Insane asylums in Bengal annual reports 1867-1875 - 1867-1875
Year: 1867
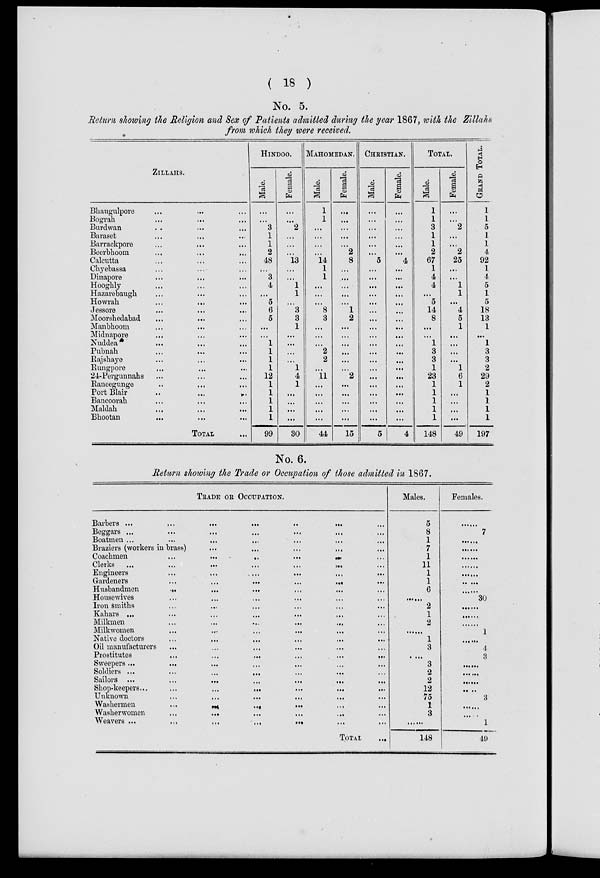
( 18 )
No. 5.
Return showing the Religion and Sex of Patients admitted during the year 1867, with the Zillahs
from which they were received.
ZILLAHS.
Bhaugulpore ... ... ...
Bograh ... ... ...
Burdwan ... ... ...
Baraset ... ... ...
Barrackpore
...
... ...
Beerbhoom ... ... ...
Calcutta ... ... ...
Chyebassa ... ... ...
Dinapore
...
... ...
Hooghly ... ... ...
Hazarebaugh ... ... ...
Howrah ... ... ...
Jessore ... ... ...
Moorshedabad ... ... ...
Manbhoom ... ... ...
Midnapore
... ... ...
Nuddea ... ... ...
Pubnah ... ... ...
Rajshaye ... ... ...
Rungpore ... ... ...
24-Pergunnahs ... ... ...
Raneegunge ... ... ...
Port Blair
... ...
...
Bancoorah ... ... ...
Maldah
... ... ...
Bhootan ... ... ...
TOTAL ...
HINDOO.
Male.
...
...
3
1
1
2
48
...
3
4
...
5
6
5
...
...
1
1
1
1
12
1
1
1
1
1
99
Female.
...
...
2
...
...
...
13
...
...
1
1
...
3
3
1
...
...
...
...
1
4
1
...
...
...
...
30
MAHOMEDAN.
Male.
1
1
...
...
...
...
14
1
1
...
...
...
8
3
...
...
...
2
2
...
11
...
...
...
...
...
44
Female.
...
...
...
...
...
2
8
...
...
...
...
...
1
2
...
...
...
...
...
...
2
...
...
...
...
...
15
CHRISTIAN.
Male.
...
...
...
...
...
...
5
...
...
...
...
...
...
...
...
...
...
...
...
...
...
...
...
...
...
...
5
Female.
...
...
...
...
...
...
4
...
...
...
...
...
...
...
...
...
...
...
...
...
...
...
...
...
...
...
4
TOTAL.
Male.
1
1
3
1
1
2
67
1
4
4
...
5
14
8
...
...
1
3
3
1
23
1
1
1
1
1
148
Female.
...
...
2
...
...
2
25
...
...
1
1
...
4
5
1
...
...
...
...
1
6
1
...
...
...
...
49
GRAND TOTAL.
1
1
5
1
1
4
92
1
4
5
1
5
18
13
1
...
1
3
3
2
29
2
1
1
1
1
197
No. 6.
Return showing the Trade or Occupation of those admitted in 1867.
TRADE OR OCCUPATION.
Barbers ...
...
...
...
..
...
...
Beggars ... ... ... ... .. ... ...
Boatmen . . . . . . . . . . . . . . . . . . . . ...
Braziers (workers in brass)
...
...
...
... ...
Coachmen
...
...
...
... ...
... ...
Clerks ...
...
...
...
...
... ...
Engineers
...
...
...
...
... ...
Gardeners
...
...
...
...
... ...
Husbandmen ... ... ... ... ... ... ...
Housewives ... ... ... ... ... ... ...
Iron smiths ... ... ... ... ... ... ...
Kahars ... ... ... ... ... ... ...
Milkmen ... ... ... ... ... ... ...
Milkwomen ... ... ... ... ... ... ...
Native doctors ... ... ... ... ... ... ...
Oil manufacturers
...
...
... ... ... ...
Prostitutes
...
...
...
...
... ...
Sweepers ... ... ... ... ... ... ...
Soldiers ... ... ... ... ... ... ...
Sailors ...
...
...
...
...
...
...
Shop-keepers...
...
...
... ... ... ...
Unknown ... ... ... ... ... ...
Washermen
...
...
... ... ...
Washerwomen
...
...
...
... ... ...
Weavers ...
...
...
...
...
...
...
TOTAL ...
Males.
5
8
1
7
1
11
1
1
6
......
2
1
2
......
1
3
...
3
2
2
12
75
1
3
......
148
Females.
......
7
......
......
......
......
......
......
......
30
......
......
......
1
......
4
3
......
......
......
......
3
......
......
1
49